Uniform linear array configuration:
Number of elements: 64
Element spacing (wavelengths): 0.25
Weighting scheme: uniform
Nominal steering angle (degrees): -45
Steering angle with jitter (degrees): -45.193
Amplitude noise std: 0.05
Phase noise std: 0.05

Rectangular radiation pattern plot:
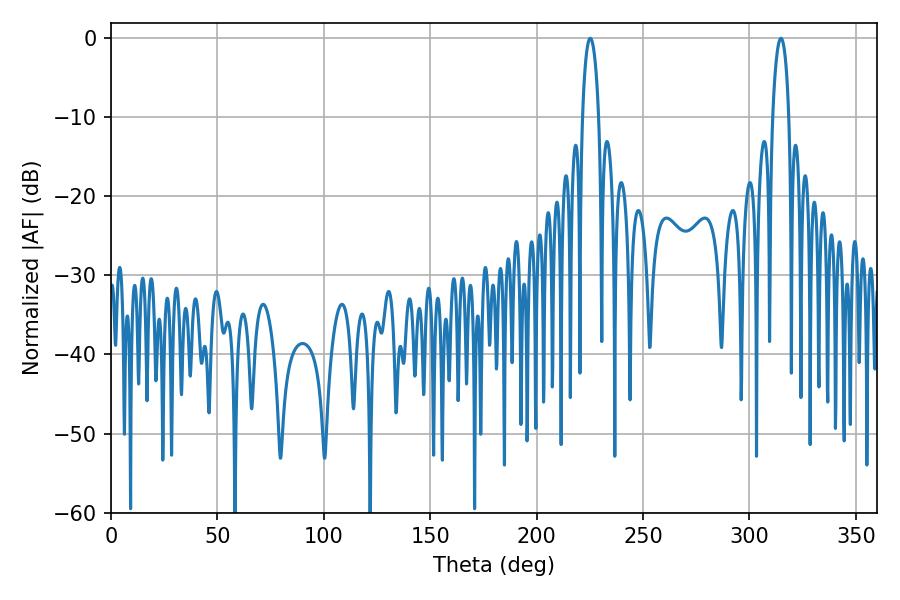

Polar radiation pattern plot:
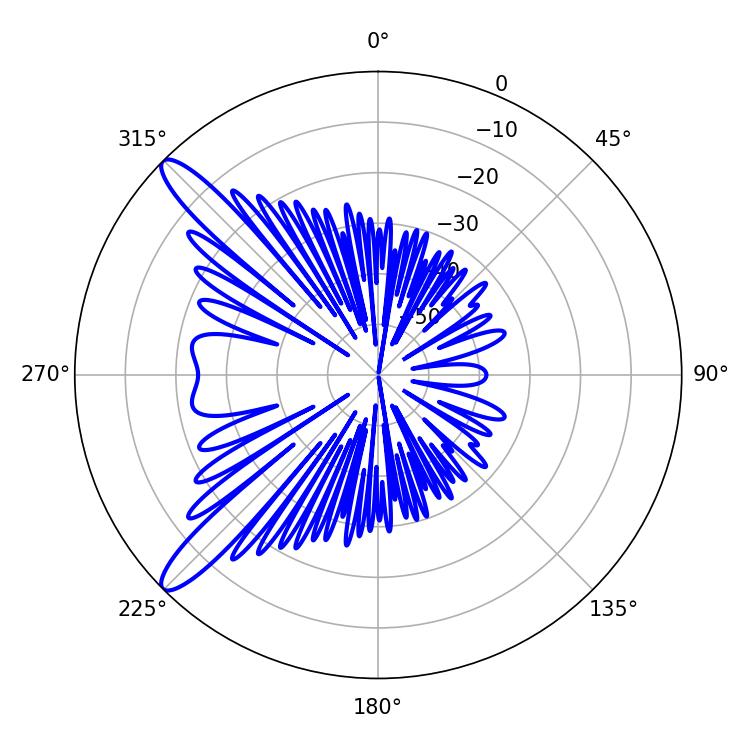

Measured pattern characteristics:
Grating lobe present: FALSE
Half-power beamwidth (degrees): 4.32
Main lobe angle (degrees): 225.18